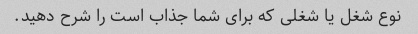
نوع شغل یا شغلی که برای شما جذاب است را شرح دهید.